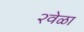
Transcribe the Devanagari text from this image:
२वेळा